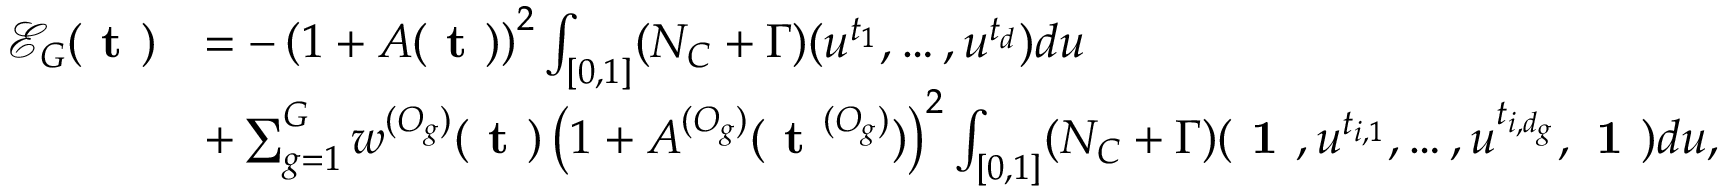
\begin{array} { r l } { \mathcal { E } _ { G } ( \textbf { t } ) } & { = - \left( 1 + A ( \textbf { t } ) \right) ^ { 2 } \int _ { [ 0 , 1 ] } ( N _ { C } + \Gamma ) ( u ^ { t _ { 1 } } , \dots , u ^ { t _ { d } } ) d u } \\ & { + \sum _ { g = 1 } ^ { G } w ^ { ( O _ { g } ) } ( \textbf { t } ) \left( 1 + A ^ { ( O _ { g } ) } ( \textbf { t } ^ { ( O _ { g } ) } ) \right) ^ { 2 } \int _ { [ 0 , 1 ] } ( N _ { C } + \Gamma ) ( \textbf { 1 } , u ^ { t _ { i , 1 } } , \dots , u ^ { t _ { i , d _ { g } } } , \textbf { 1 } ) d u , } \end{array}